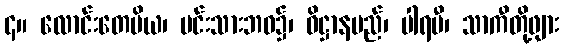
၄။ လောင်းတေမိယ၊ မင်းသားဘဝ၌၊ ဓိဋ္ဌာနမည်၊ ပါရမီ၊ သာကီတို့ဖျား